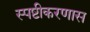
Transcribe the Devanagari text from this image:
स्पष्टीकरणास